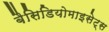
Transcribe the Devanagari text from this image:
बैसिडियोमाइसेट्स